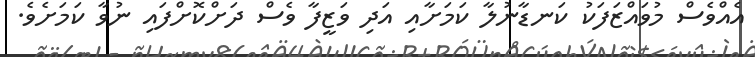
އެއްވެސް މުވައްޒަފަކު ކަނޑާނުލާ ކަމަށާއި އަދި ވަޒީފާ ވެސް ދަށްކޮށްފައި ނުވާ ކަމަށެވެ.